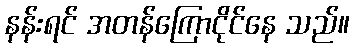
နန်းရင် အတန်ကြောငိုင်နေ သည်။